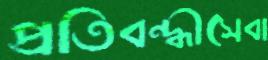
প্রতিবন্ধীসেবা